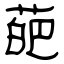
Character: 葩